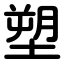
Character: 塑